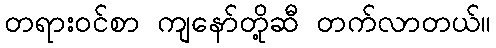
တရားဝင်စာ ကျနော်တို့ဆီ တက်လာတယ်။